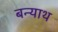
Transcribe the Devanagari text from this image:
बन्याथ